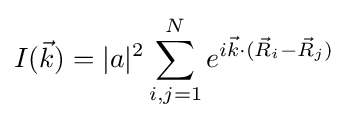
I({\vec {k}})=|a|^{2}\sum _{i,j=1}^{N}e^{i{\vec {k}}\cdot ({\vec {R}}_{i}-{\vec {R}}_{j})}